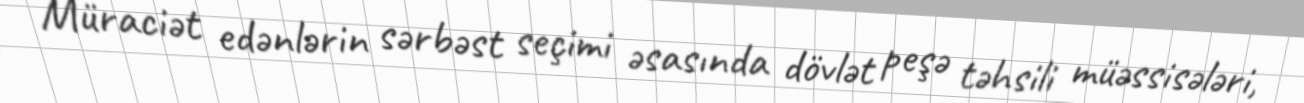
Müraciət edənlərin sərbəst seçimi əsasında dövlət peşə təhsili müəssisələri,